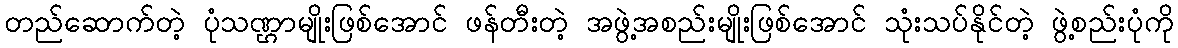
တည်ဆောက်တဲ့ ပုံသဏ္ဌာမျိုးဖြစ်အောင် ဖန်တီးတဲ့ အဖွဲ့အစည်းမျိုးဖြစ်အောင် သုံးသပ်နိုင်တဲ့ ဖွဲ့စည်းပုံကို